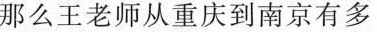
那么王老师从重庆到南京有多